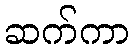
ဆက်ကာ